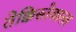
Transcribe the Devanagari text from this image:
तेक्किस्तेकात्ल